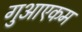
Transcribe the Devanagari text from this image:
गुआएकम